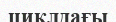
циклдағы